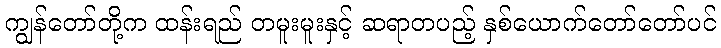
ကျွန်တော်တို့က ထန်းရည် တမူးမူးနှင့် ဆရာတပည့် နှစ်ယောက်တော်တော်ပင်